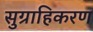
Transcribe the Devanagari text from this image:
सुग्राहिकरण